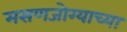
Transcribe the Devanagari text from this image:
मसणजोग्याच्या